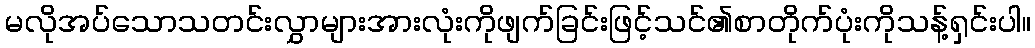
မလိုအပ်သောသတင်းလွှာများအားလုံးကိုဖျက်ခြင်းဖြင့်သင်၏စာတိုက်ပုံးကိုသန့်ရှင်းပါ။